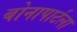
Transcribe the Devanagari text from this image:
बोनापार्टला